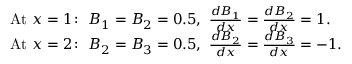
{ \begin{array} { r l } & { { \mathrm { A t ~ } } x = 1 \colon \ B _ { 1 } = B _ { 2 } = 0 . 5 , \ { \frac { d B _ { 1 } } { d x } } = { \frac { d B _ { 2 } } { d x } } = 1 . } \\ & { { \mathrm { A t ~ } } x = 2 \colon \ B _ { 2 } = B _ { 3 } = 0 . 5 , \ { \frac { d B _ { 2 } } { d x } } = { \frac { d B _ { 3 } } { d x } } = - 1 . } \end{array} }